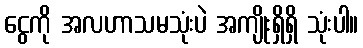
ငွေကို အလဟာသမသုံးပဲ အကျိုးရှိရှိ သုံးပါ။